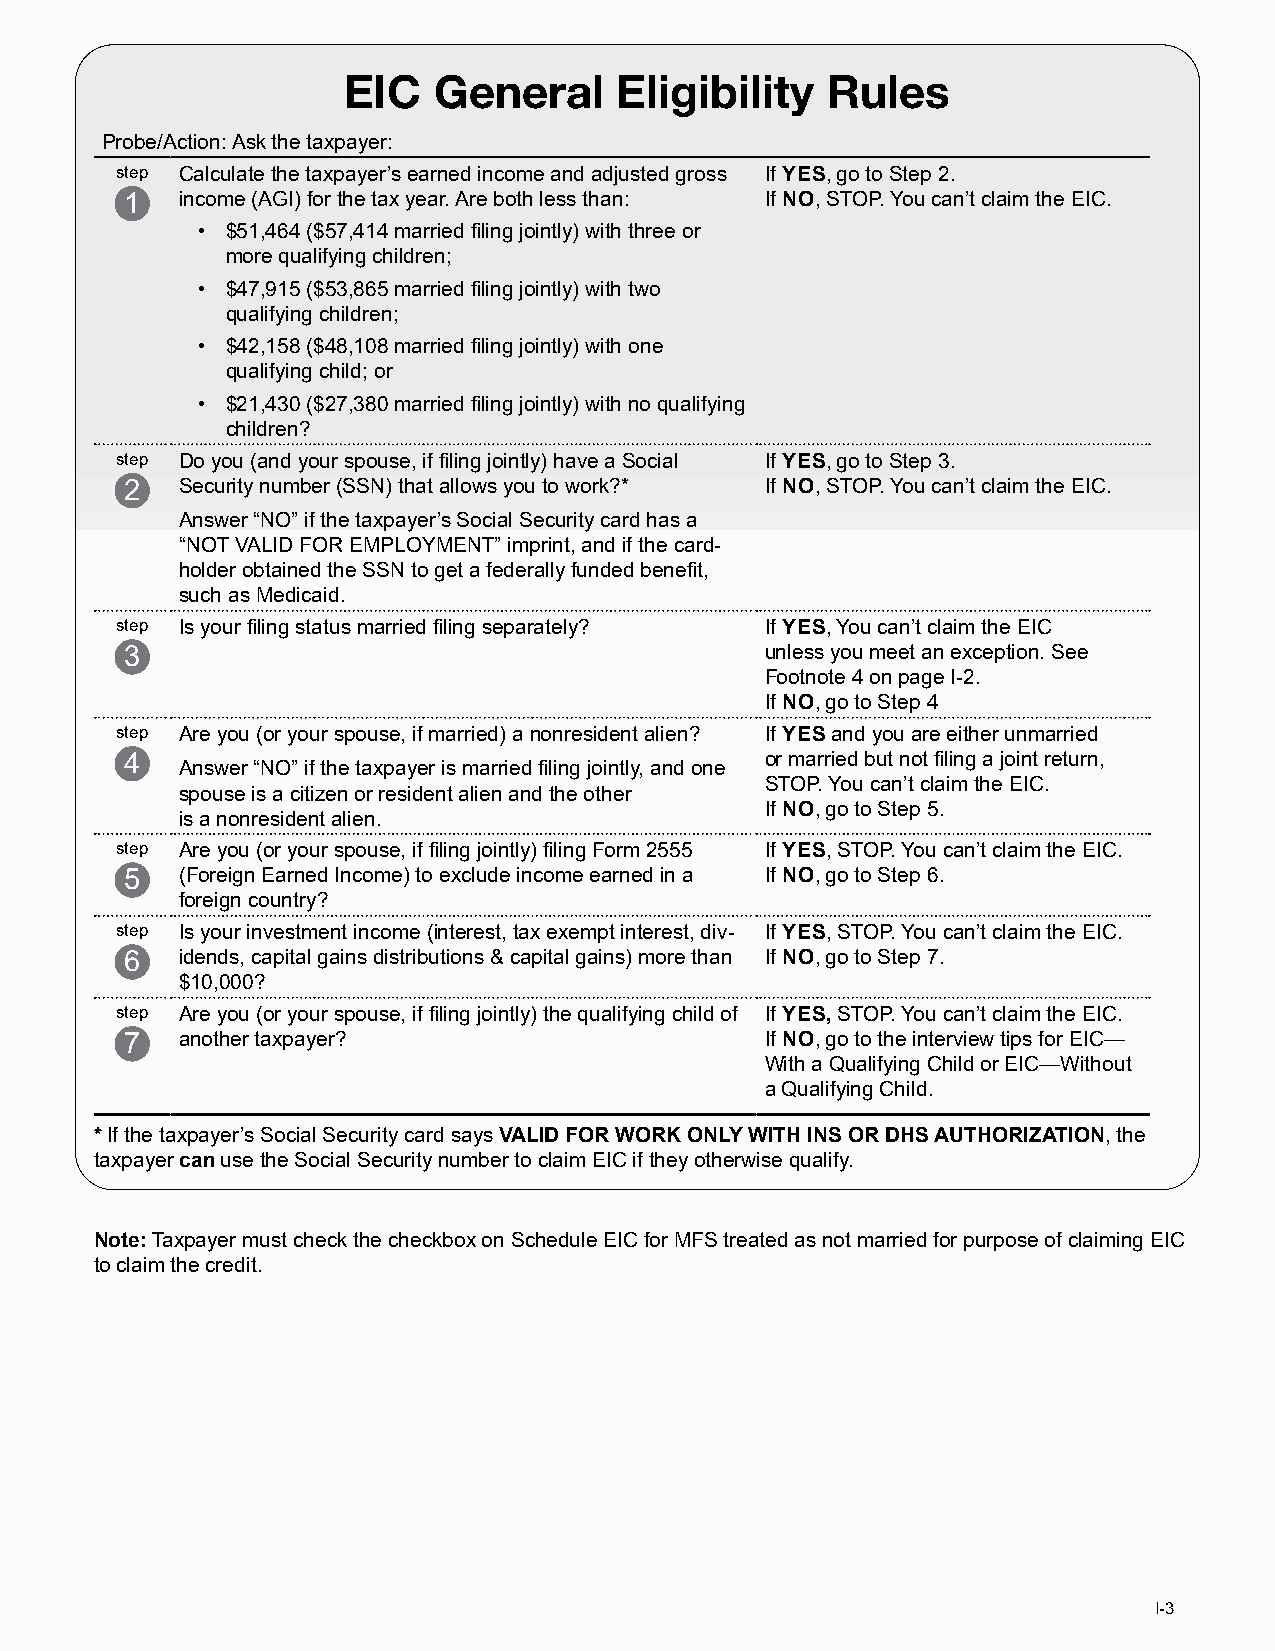
EIC   General     Eligibility   Rules
 Probe/Action: Ask the taxpayer:
 step Calculate the taxpayer’s earned income and adjusted gross If YES, go to Step 2.
 1   income (AGI) for the tax year. Are both less than: If NO, STOP. You can’t claim the EIC.
 • $51,464 ($57,414 married filing jointly) with three or
 more qualifying children;
 • $47,915 ($53,865 married filing jointly) with two
 qualifying children;
 • $42,158 ($48,108 married filing jointly) with one
 qualifying child; or
 • $21,430 ($27,380 married filing jointly) with no qualifying
 children?
 step Do you (and your spouse, if filing jointly) have a Social If YES, go to Step 3.
 2   Security number (SSN) that allows you to work?* If NO, STOP. You can’t claim the EIC.
 Answer “NO” if the taxpayer’s Social Security card has a
 “NOT VALID FOR EMPLOYMENT” imprint, and if the card-
 holder obtained the SSN to get a federally funded benefit,
 such as Medicaid.
 step Is your filing status married filing separately? If YES, You can’t claim the EIC
 3                                          unless you meet an exception. See
 Footnote 4 on page I-2.
 If NO, go to Step 4
 step Are you (or your spouse, if married) a nonresident alien? If YES and you are either unmarried
 4                                          or married but not filing a joint return,
 Answer “NO” if the taxpayer is married filing jointly, and one
 STOP. You can’t claim the EIC.
 spouse is a citizen or resident alien and the other
 If NO, go to Step 5.
 is a nonresident alien.
 step Are you (or your spouse, if filing jointly) filing Form 2555 If YES, STOP. You can’t claim the EIC.
 5   (Foreign Earned Income) to exclude income earned in a If NO, go to Step 6.
 foreign country?
 step Is your investment income (interest, tax exempt interest, div- If YES, STOP. You can’t claim the EIC.
 6   idends, capital gains distributions & capital gains) more than If NO, go to Step 7.
 $10,000?
 step Are you (or your spouse, if filing jointly) the qualifying child of If YES, STOP. You can’t claim the EIC.
 7   another taxpayer?                      If NO, go to the interview tips for EIC—
 With a Qualifying Child or EIC—Without
 a Qualifying Child.
 * If the taxpayer’s Social Security card says VALID FOR WORK ONLY WITH INS OR DHS AUTHORIZATION, the
 taxpayer can use the Social Security number to claim EIC if they otherwise qualify.
 Note: Taxpayer must check the checkbox on Schedule EIC for MFS treated as not married for purpose of claiming EIC
 to claim the credit.
 I-3